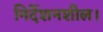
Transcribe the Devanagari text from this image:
निर्देशनशील।